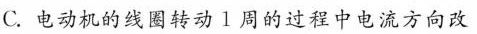
C.电动机的线圈转动1周的过程中电流方向改